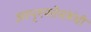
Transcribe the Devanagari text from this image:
अस्पृश्यतेसंबंधी